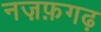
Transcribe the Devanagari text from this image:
नज़फ़गढ़